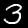
Label: 3